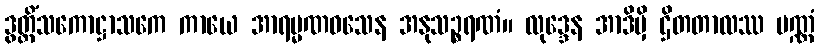
ဒွတ္တိံသကောဋ္ဌာသကေ ကာယေ အာရမ္မဏဝသေန အနုသဉ္စရဏံ။ လုဒ္ဒေန အာဒိမှိ ဌိတတာလဿ ပဏ္ဏံ